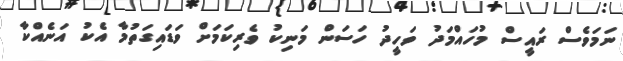
ނަމަވެސް ރައީސް މުހައްމަދު ވަހީދު ހަސަން މަނިކު ވެރިކަމަށް ވަޑައިގަތުމާ އެކު އަނެއްކާ